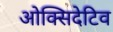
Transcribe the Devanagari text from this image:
ओक्सिदेटिव